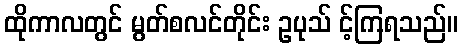
ထိုကာလတွင် မွတ်စလင်တိုင်း ဥပုသ် င့်ကြရသည်။